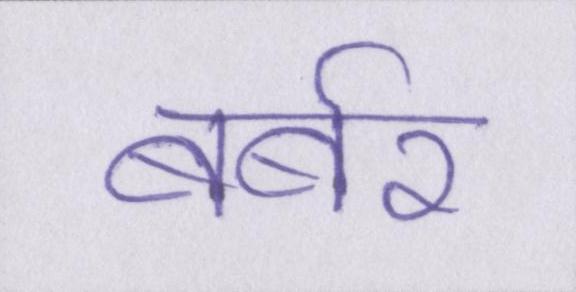
बर्बर